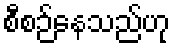
စီစဉ်နေသည်ဟု